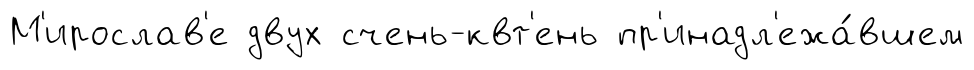
М'ирослав'е двух счень-квт'ень пр'инадл'ежа́вшем